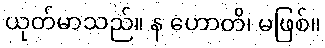
ယုတ်မာသည်။ န ဟောတိ၊ မဖြစ်။